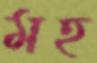
মহ